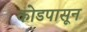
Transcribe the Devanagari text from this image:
कोडपासून